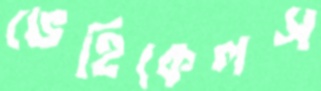
ভেহিকেলস